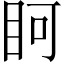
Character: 𭾨